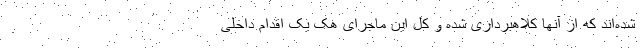
شده‌اند که از آنها کلاهبرداری شده و کل این ماجرای هک یک اقدام داخلی